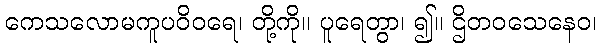
ကေသလောမကူပဝိဝရေ၊ တို့ကို။ ပူရေတွာ၊ ၍။ ဌိတဝသေနေဝ၊